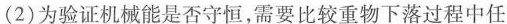
(2)为验证机械能是否守恒，需要比较重物下落过程中任